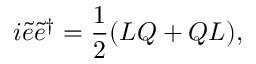
i \tilde { e } \tilde { e } \sp { \dagger } = \frac { 1 } { 2 } ( L Q + Q L ) ,